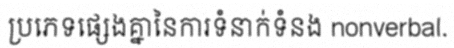
ប្រភេទផ្សេងគ្នានៃការទំនាក់ទំនង nonverbal.